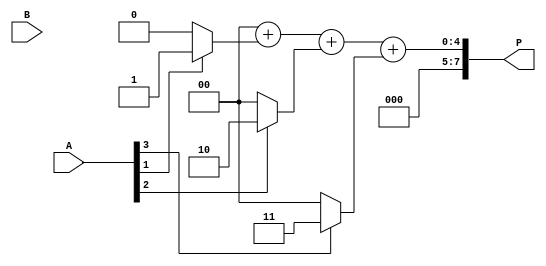
module vedic_multiplier #(parameter N = 4)(   // Define parameter N for n-bit inputs
    input  [N-1:0] A,                         // First multiplicand
    input  [N-1:0] B,                         // Second multiplicand
    output reg [2*N-1:0] P                    // Product output
);

    reg [2*N-1:0] partial_product [0:N-1];    // Array for partial products
    integer i, j;

    // Generate partial products
    always @(*) begin
        // Initialize product to zero
        P = 0;
        
        // Generate partial products using AND gates
        for (i = 0; i < N; i = i + 1) begin
            partial_product[i] = A[i] ? {B, i} : 0; // Shift B left by i if A[i] is 1
        end
        
        // Sum the partial products
        for (j = 0; j < N; j = j + 1) begin
            P = P + partial_product[j];
        end
    end
endmodule